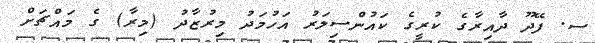
ސ. ފޭދޫ ދާއިރާގެ ކުރީގެ ކައުންސިލަރު އަހުމަދު މިރުޒާދު (މިރާ) ގެ މައްޗަށް